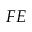
F E